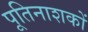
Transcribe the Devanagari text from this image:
पूतिनाशकों